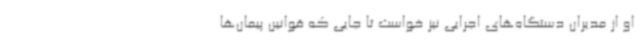
او از مدیران دستگاه‌های اجرایی نیز خواست تا جایی که قوانین پیمان‌ها